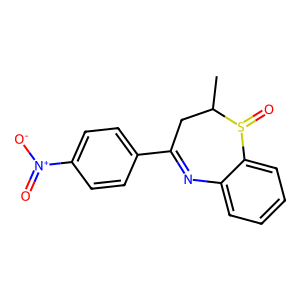
SMILES: CC1CC(c2ccc([N+](=O)[O-])cc2)=Nc2ccccc2S1=O
Inhibits HIV replication: No